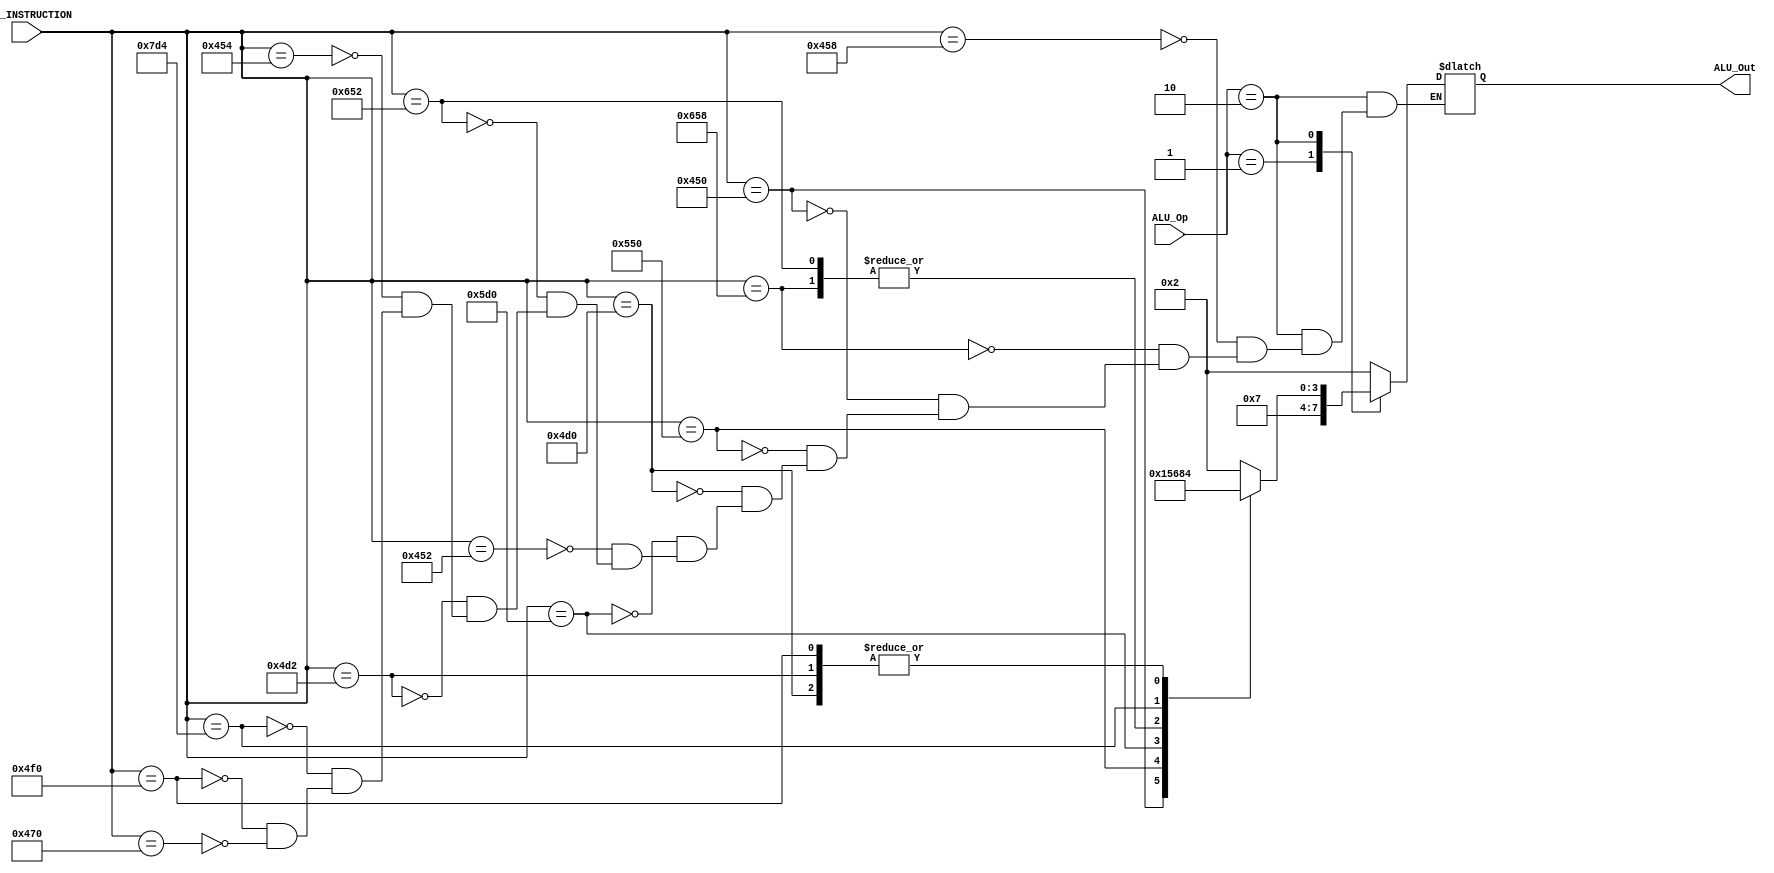
module ALU_Control
(
  input [1:0] ALU_Op,
  input [10:0] ALU_INSTRUCTION,
  output reg [3:0] ALU_Out
);

  always @(ALU_Op or ALU_INSTRUCTION) begin
    case (ALU_Op)
      2'b00 : ALU_Out = 4'b0010;
      2'b01 : ALU_Out = 4'b0111;
      2'b10 : begin

      case (ALU_INSTRUCTION)
        11'b10001011000 : ALU_Out = 4'b0010; // ADD
        11'b11001011000 : ALU_Out = 4'b0110; // SUB
        11'b10001010000 : ALU_Out = 4'b0000; // AND
        11'b10101010000 : ALU_Out = 4'b0001; // ORR
        11'b10011010000 : ALU_Out = 4'b0100; // MUL
        11'b10111010000 : ALU_Out = 4'b0101; // MOV
        11'b10001010010 : ALU_Out = 4'b0010; // VADD
        11'b11001010010 : ALU_Out = 4'b0110; // VSUB
        11'b10011010010 : ALU_Out = 4'b0100; // VMUL
        11'b10001010100 : ALU_Out = 4'b0010; // VMOV
        11'b11111010100 : ALU_Out = 4'b1000; // MAC
        11'b10011110000 : ALU_Out = 4'b0100; // VLD1
        11'b10001110000 : ALU_Out = 4'b0010; // VST1

      endcase
      end
      default : ALU_Out = 4'bxxxx;
    endcase
  end
endmodule